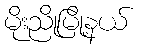
မိုးညိုမြို့နယ်